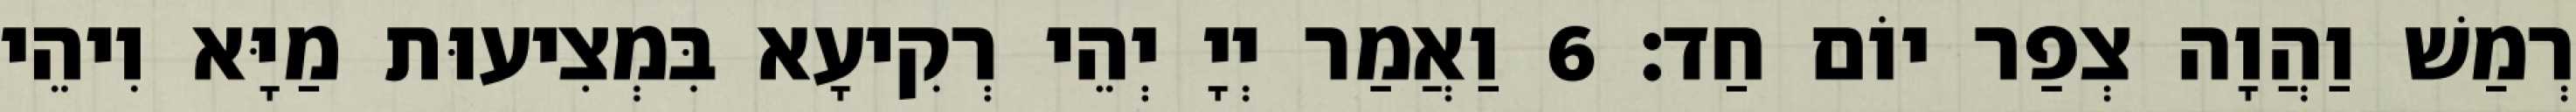
רְמַשׁ וַהֲוָה צְפַר יוֹם חַד׃ 6 וַאֲמַר יְיָ יְהֵי רְקִיעָא בִּמְצִיעוּת מַיָּא וִיהֵי